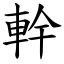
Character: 龫